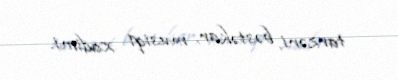
tarzəni, bəstəkar, musiqi xadimi.